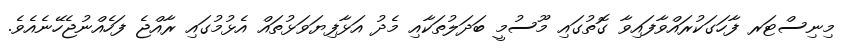
މިނިސްޓަރ ފާހަގަކުރައްވާފައިވާ ގޮތުގައި މޫސުމީ ބަދަލުތަކާއި މެދު އަޅާފިޔަވަޅުތައް އެޅުމުގައި ރާއްޖެ ފަހެއްނުޖެހޭނެއެވެ.